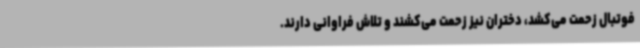
فوتبال زحمت می‌کشد، دختران نیز زحمت می‌کشند و تلاش فراوانی دارند.